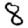
Digit: 8